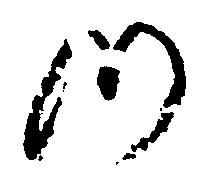
つ